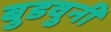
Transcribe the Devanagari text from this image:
बुडवुनी